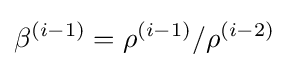
\beta ^{(i-1)}=\rho ^{(i-1)}/\rho ^{(i-2)}